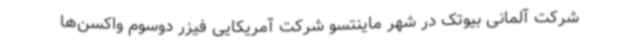
شرکت آلمانی بیوتک در شهر ماینتسو شرکت آمریکایی فیزر دوسوم واکسن‌ها